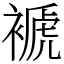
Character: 褫